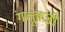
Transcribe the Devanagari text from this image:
गल्लूजी